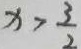
x > \frac { 3 } { 2 }